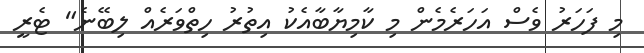
މި ފަހަރު ވެސް އަހަރެމެން މި ކާމިޔާބާއެކު އިތުުރު ހިތްވަރެއް ލިބޭނެ" ޓެރީ